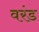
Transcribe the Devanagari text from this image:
वरंड